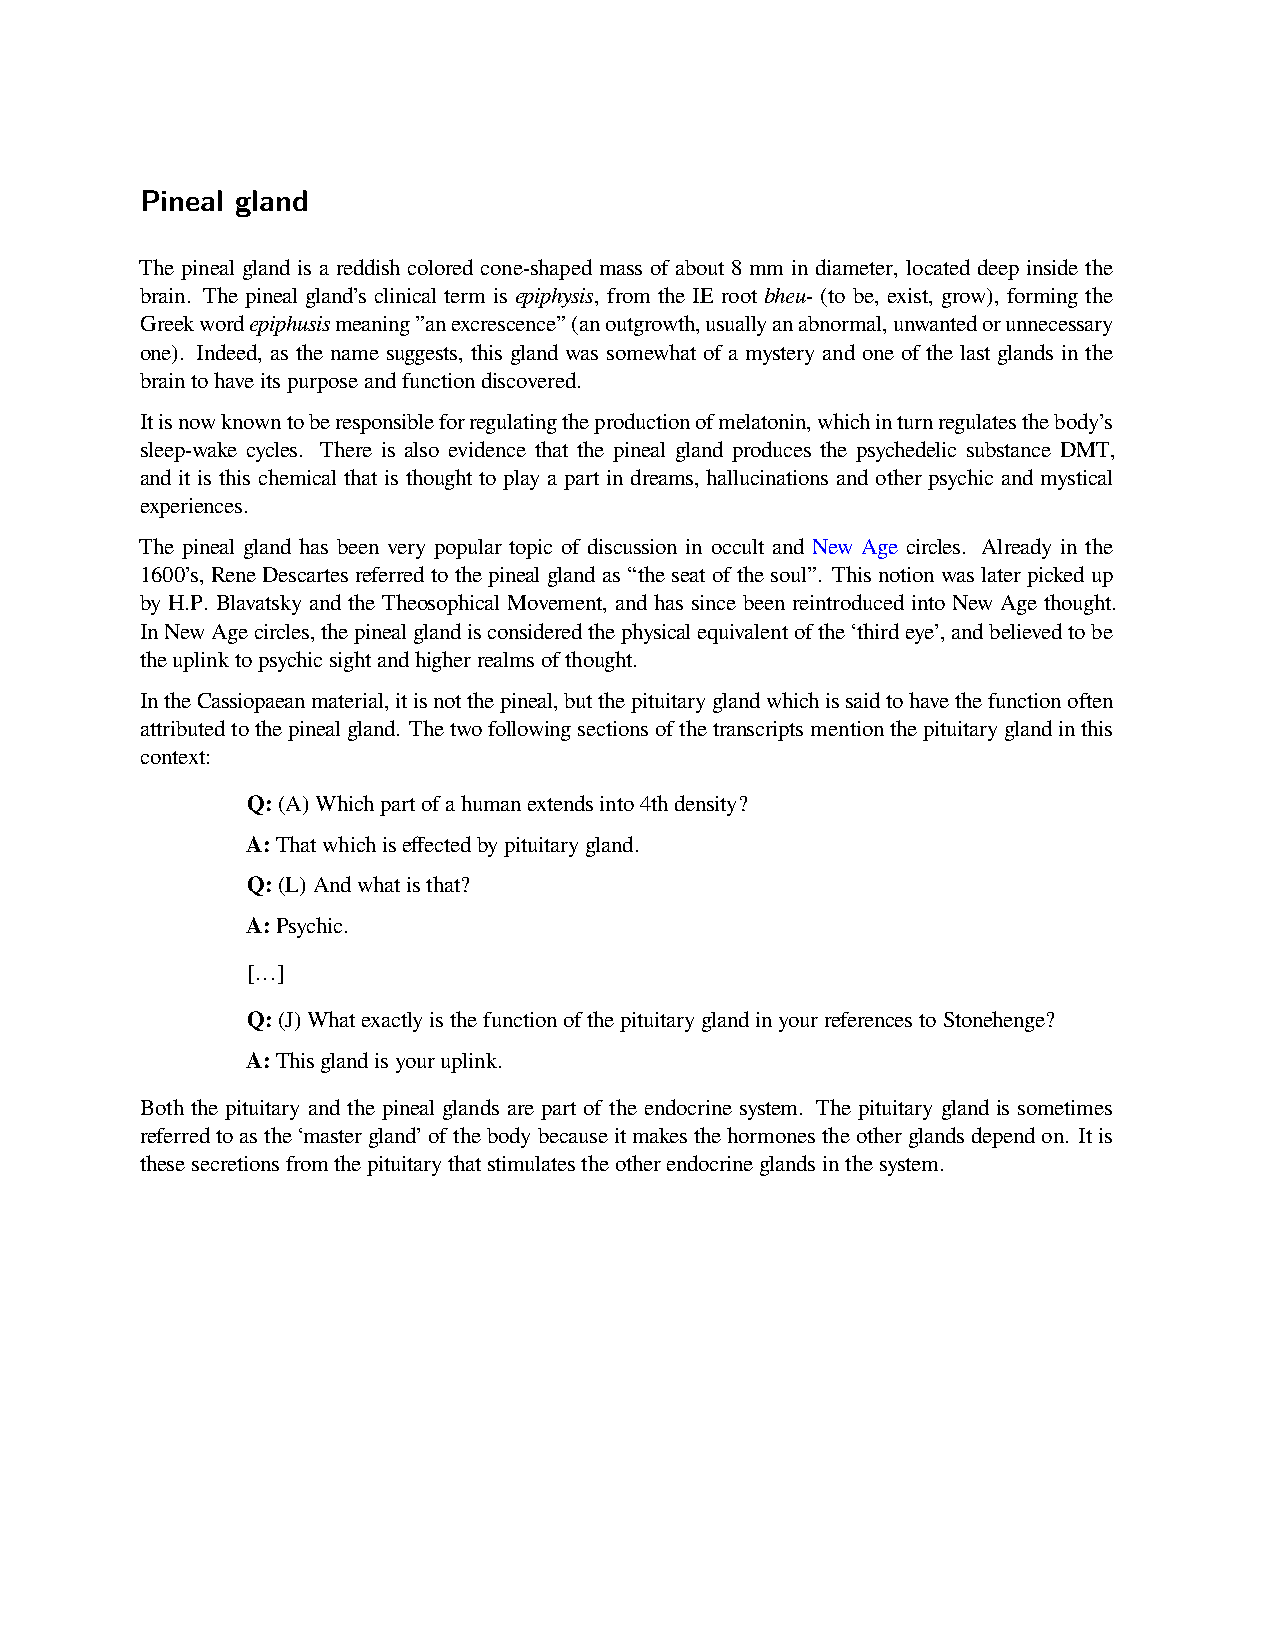
Pineal gland
 The pineal gland is a reddish colored cone-shaped mass of about 8 mm in diameter, located deep inside the
 brain. The pineal gland’s clinical term is epiphysis, from the IE root bheu- (to be, exist, grow), forming the
 Greekwordepiphusismeaning”anexcrescence”(anoutgrowth,usuallyanabnormal,unwantedorunnecessary
 one). Indeed, as the name suggests, this gland was somewhat of a mystery and one of the last glands in the
 braintohaveitspurposeandfunctiondiscovered.
 Itisnowknowntoberesponsibleforregulatingtheproductionofmelatonin,whichinturnregulatesthebody’s
 sleep-wake cycles. There is also evidence that the pineal gland produces the psychedelic substance DMT,
 and it is this chemical that is thought to play a part in dreams, hallucinations and other psychic and mystical
 experiences.
 The pineal gland has been very popular topic of discussion in occult and New Age circles. Already in the
 1600’s, ReneDescartesreferredtothepinealglandas“theseatofthesoul”. Thisnotionwaslaterpickedup
 by H.P. Blavatsky and the Theosophical Movement, and has since been reintroduced into New Age thought.
 InNewAgecircles,thepinealglandisconsideredthephysicalequivalentofthe‘thirdeye’,andbelievedtobe
 theuplinktopsychicsightandhigherrealmsofthought.
 IntheCassiopaeanmaterial,itisnotthepineal,butthepituitaryglandwhichissaidtohavethefunctionoften
 attributedtothepinealgland. Thetwofollowingsectionsofthetranscriptsmentionthepituitaryglandinthis
 context:
 Q:(A)Whichpartofahumanextendsinto4thdensity?
 A:Thatwhichiseffectedbypituitarygland.
 Q:(L)Andwhatisthat?
 A:Psychic.
 […]
 Q:(J)WhatexactlyisthefunctionofthepituitaryglandinyourreferencestoStonehenge?
 A:Thisglandisyouruplink.
 Both the pituitary and the pineal glands are part of the endocrine system. The pituitary gland is sometimes
 referredtoasthe‘mastergland’ofthebodybecauseitmakesthehormonestheotherglandsdependon. Itis
 thesesecretionsfromthepituitarythatstimulatestheotherendocrineglandsinthesystem.